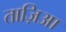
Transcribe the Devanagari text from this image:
ताज़िआ